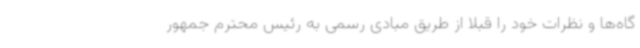
گاه‌ها و نظرات خود را قبلاً از طریق مبادی رسمی به رئیس محترم جمهور